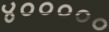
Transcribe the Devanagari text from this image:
४०००००